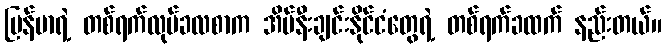
မြန်မာရဲ့ တစ်ရက်လုပ်ခလစာက အိမ်နီးချင်းနိုင်ငံတွေရဲ့ တစ်ရက်ခထက် နည်းတယ်။